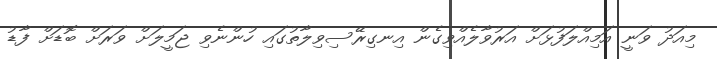
މިއަދު ވަނީ އަމިއްލަފުޅަށް އަރުވާލެއްވިގެން އިނގިރޭސިވިލާތުގައި ހުންނެވި ޖަމީލަށް ވަރަށް ބޮޑަށް ފާޑު